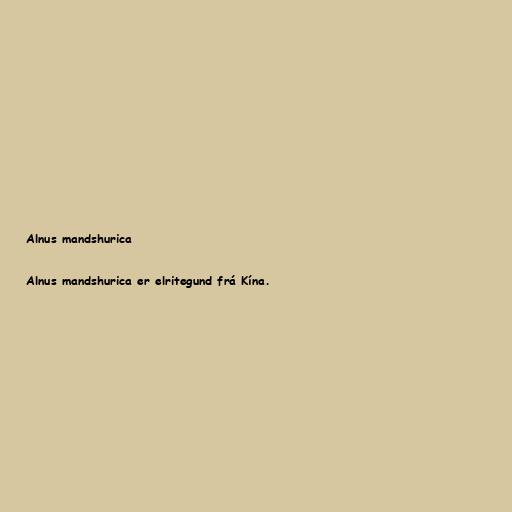
Alnus mandshurica

Alnus mandshurica er elritegund frá Kína.